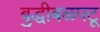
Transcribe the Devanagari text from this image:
बुद्धीबळपटू